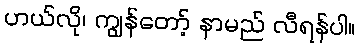
ဟယ်လို၊ ကျွန်တော့် နာမည် လီရန်ပါ။